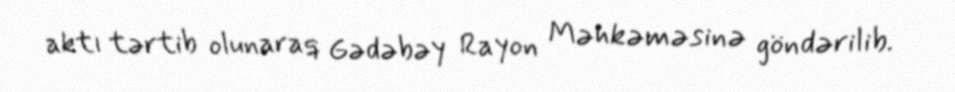
aktı tərtib olunaraq Gədəbəy Rayon Məhkəməsinə göndərilib.